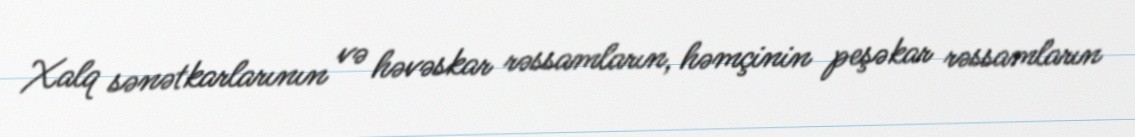
Xalq sənətkarlarının və həvəskar rəssamların, həmçinin peşəkar rəssamların